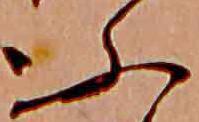
ふ